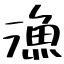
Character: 漁